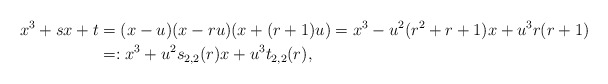
\begin{align*} x^{3}+sx+t &= (x-u)(x-ru)(x+(r+1)u)=x^{3}-u^{2}(r^{2}+r+1)x+u^{3}r(r+1)\\&=:x^{3}+u^{2}s_{2,2}(r)x+u^{3}t_{2,2}(r), \end{align*}